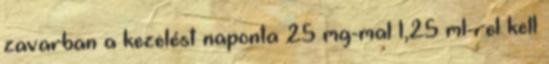
zavarban a kezelést naponta 25 mg-mal 1,25 ml-rel kell